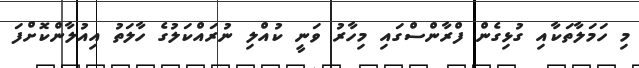
މި ހަމަލާތަކާއި ގުޅިގެން ފްރާންސްގައި މިހާރު ވަނީ ކުއްލި ނުރައްކަލުގެ ހާލަތު އިއުލާންކޮށްފަ